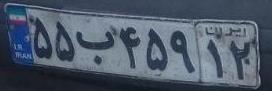
۵۵ب۴۵۹۱۲